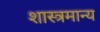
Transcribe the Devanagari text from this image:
शास्त्रमान्य